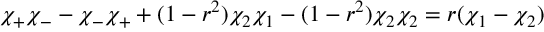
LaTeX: \chi _ { + } \chi _ { - } - \chi _ { - } \chi _ { + } + ( 1 - r ^ { 2 } ) \chi _ { 2 } \chi _ { 1 } - ( 1 - r ^ { 2 } ) \chi _ { 2 } \chi _ { 2 } = r ( \chi _ { 1 } - \chi _ { 2 } )